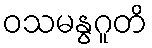
ဝသမနွဂူတိ